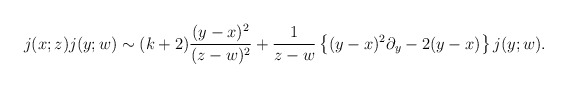
\begin{align*}j(x;z)j(y;w) \sim (k+2)\frac{(y-x)^2}{(z-w)^2} +\frac{1}{z-w} \left\{(y-x)^2\partial_y -2(y-x)\right\}j(y;w) .\end{align*}